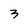
Character: 3